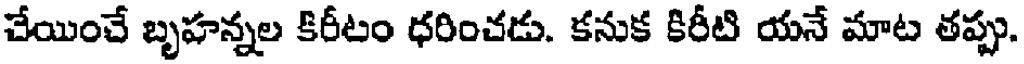
చేయించే బృహన్నల కిరీటం ధరించడు. కనుక కిరీటి యనే మాట తప్పు.